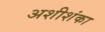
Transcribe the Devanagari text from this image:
अशीशंका